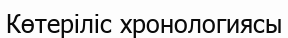
Көтеріліс хронологиясы